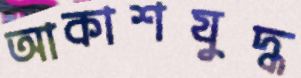
আকাশযুদ্ধ